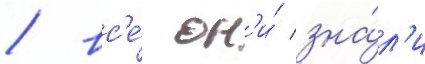
/ вс'е́ он'и́ зна́л'и